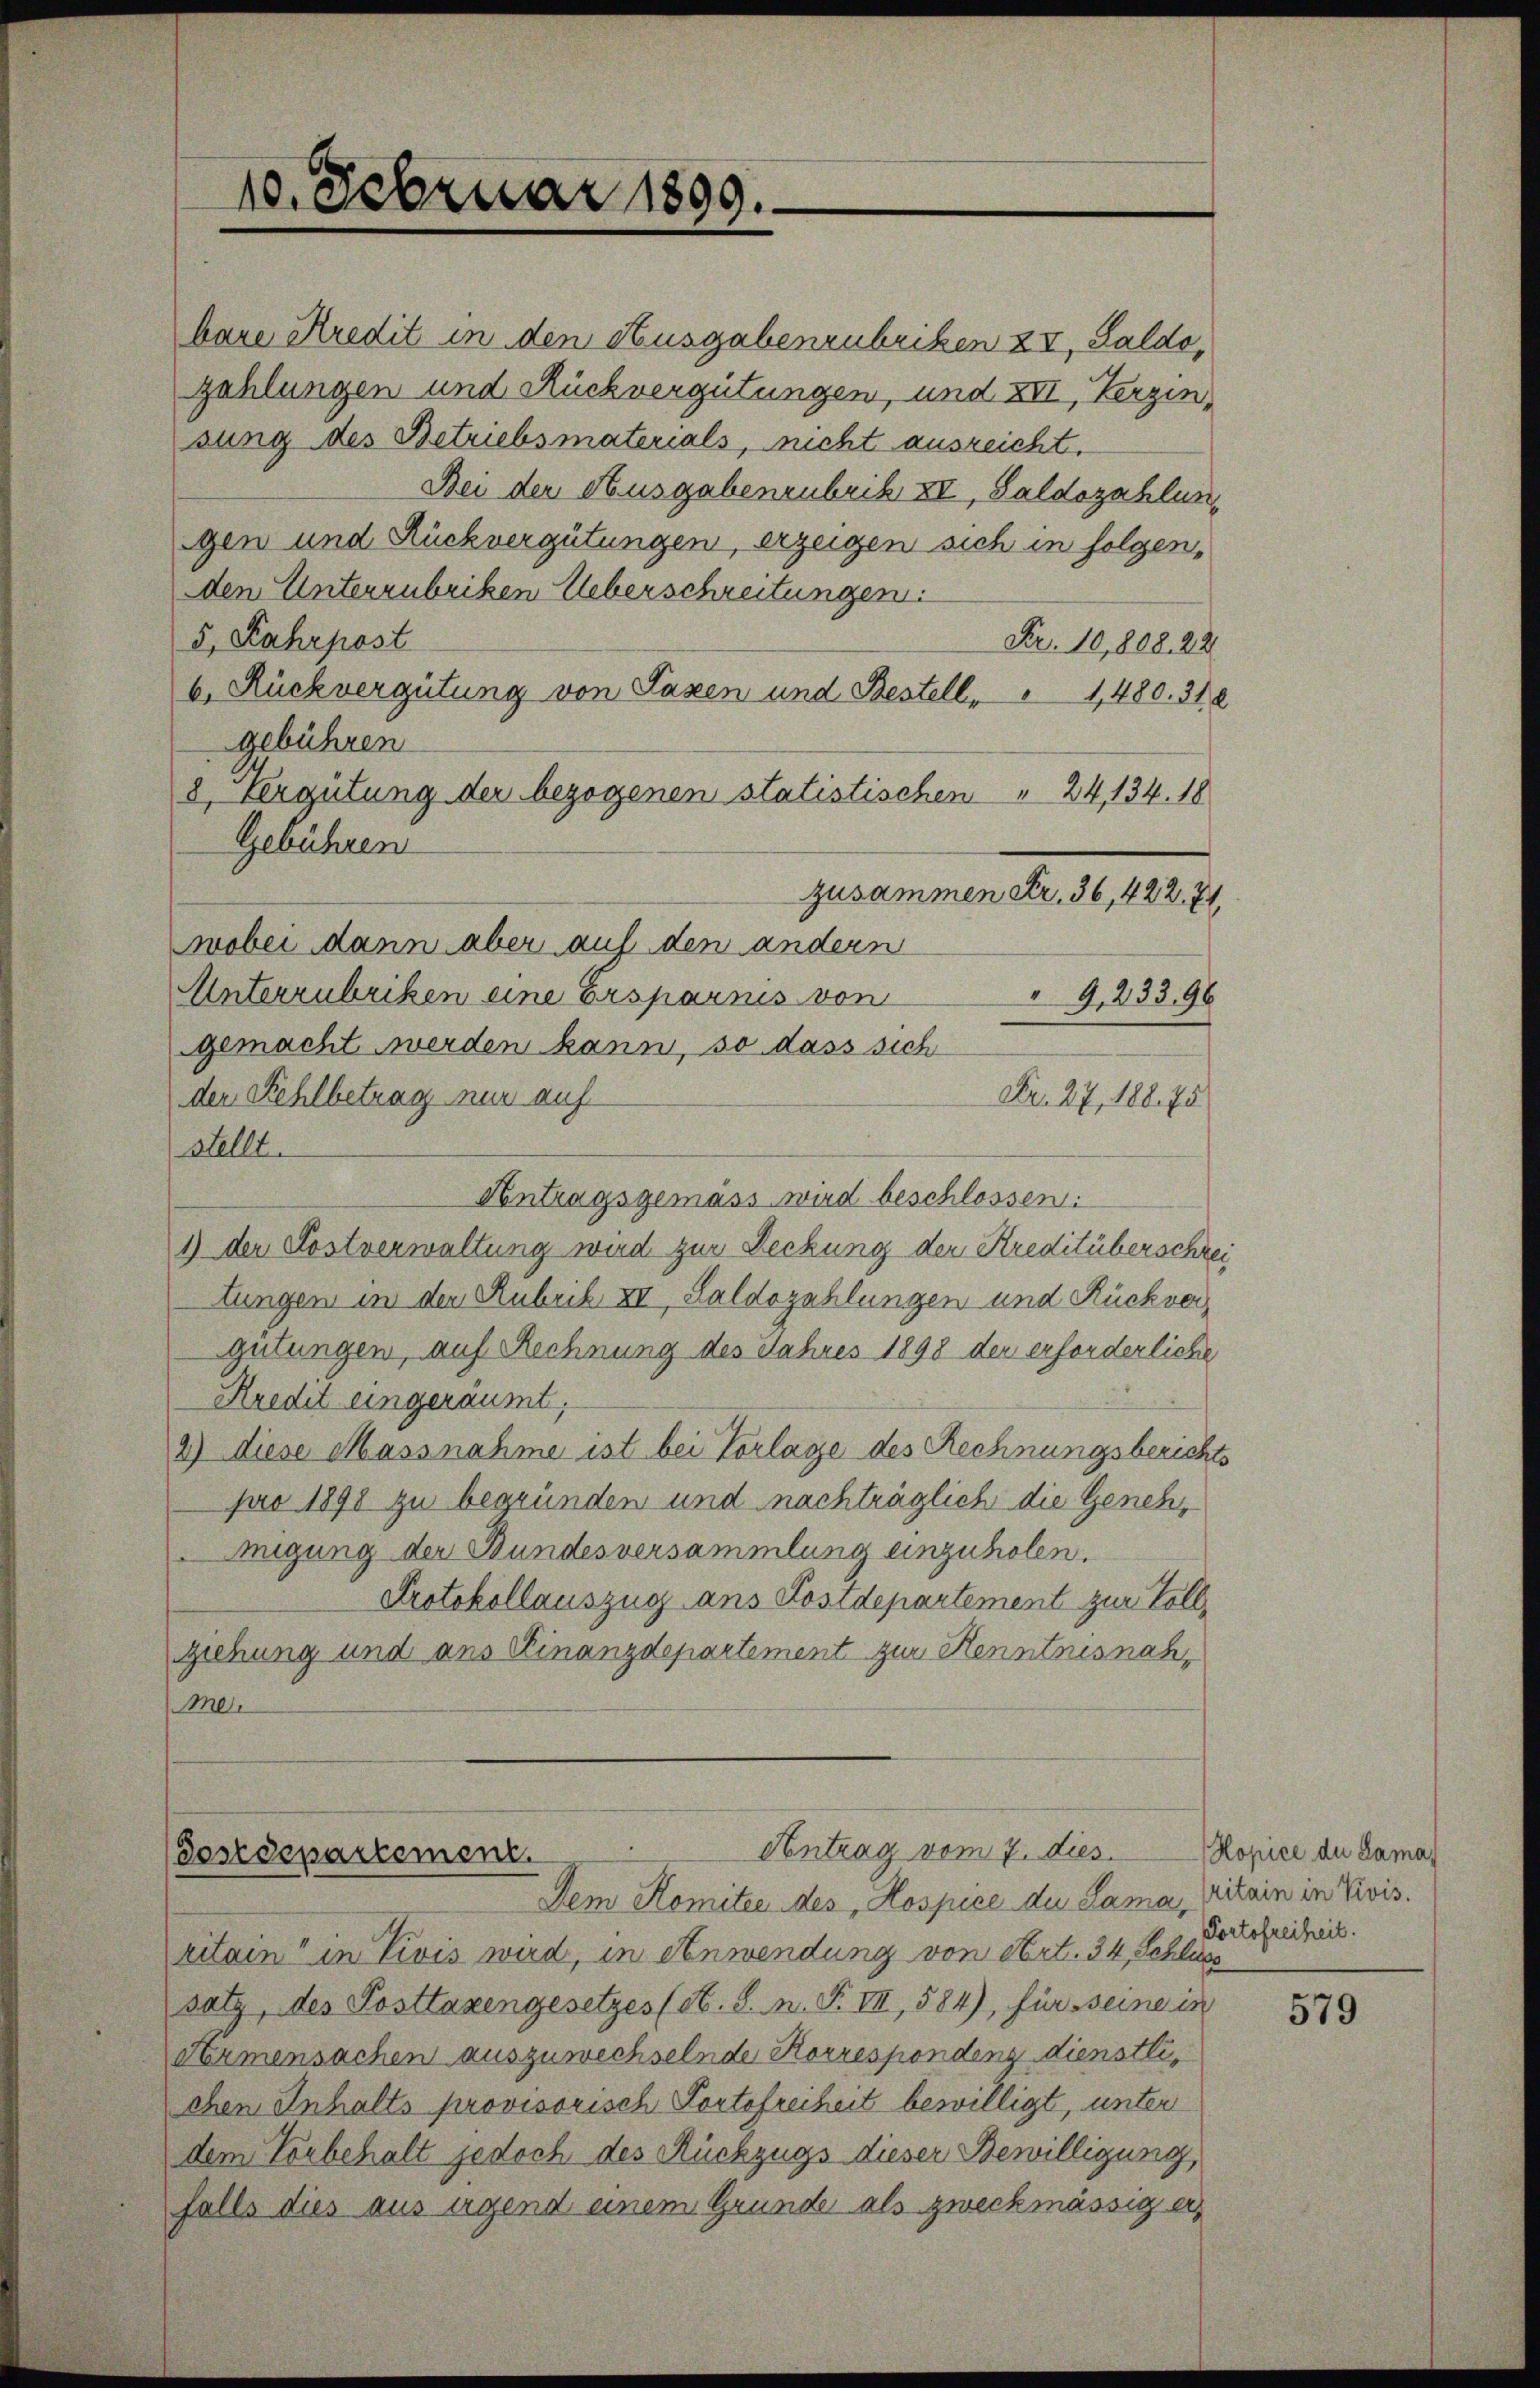
der Kehlbetrag nur auf
Fr. 27, 188. 75
Stellt.
Antragsgemäss wird beschlossen:
1) der Kostverwaltung wird zur Deckung der Kreditüberschrei
tungen in den Rubris III, Saldozahlungen und Rückver
gutungen, auf Rechnung des Jahres 1898 der erforderliche
Kredit eingeräumt,
2) diese Massnahme ist bei Vorlage des Rechnungsberichts
pro 1898 zu begründen und nachträglich die Genehmigung der Bundesversammlung einzuholen.
Protokollauszug ans Postdepartement zur Vollziehung und aus Finanzdepartement zur Kenntnisnah¬
Me

10. Februar 1899.

bare Kredit in den Ausgabenzubriken XV, Saldo,
zahlungen und Rückvergütungen, und XVI, Verzin
sung des Betriebsmaterials, nicht ausreicht.
Bei der Ausgabenenbrik XV, Saldozahlung
gen und Rückvergütungen, erzeigen sich in folgen,
den Unterzubriken Ueberschreitungen
5, Fahrpost
Fr. 10, 808. 22
b. Rückvergütung von Laxen und Bestell, 1480. 318
gebühren
8. Vergütung der bezogenen statistischen " 24, 134. 18
Gebühren
zusammen Fr. 36, 422. 71.
wobei dann aber auf den andern
Unterrubriken eine Ersparnis von
 9, 233. 96
gemacht werden kann, so dass sich

Antrag vom 7. dies
Postdepartement.
Dem Komitee es, Hospice du Sama, itain in Vivis.

ritain in Kreis wird, in Anwendung von Art. 34, Schluss
satz, des Posttaxengesetzes (s. S. n. F. VII, 584), für seine in
Armensachen auszuwechselnde Korrespondenz dienstlichen Inhalts provisorisch Portofrecheit bewilligt, unter
dem Vorbehalt jedoch des Rückzugs dieser Bewilligung,
falls dies aus irgend einem Grunde als zweckmässiger

Kopice du Zama,
Portofreiheit.

579